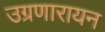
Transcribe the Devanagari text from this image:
उग्रणारायन